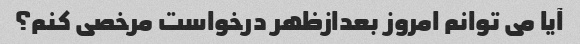
آیا می توانم امروز بعدازظهر درخواست مرخصی کنم؟